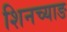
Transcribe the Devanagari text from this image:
शिनच्याङ